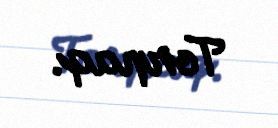
Torpaq.